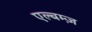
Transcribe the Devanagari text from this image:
एल्बम्ज़